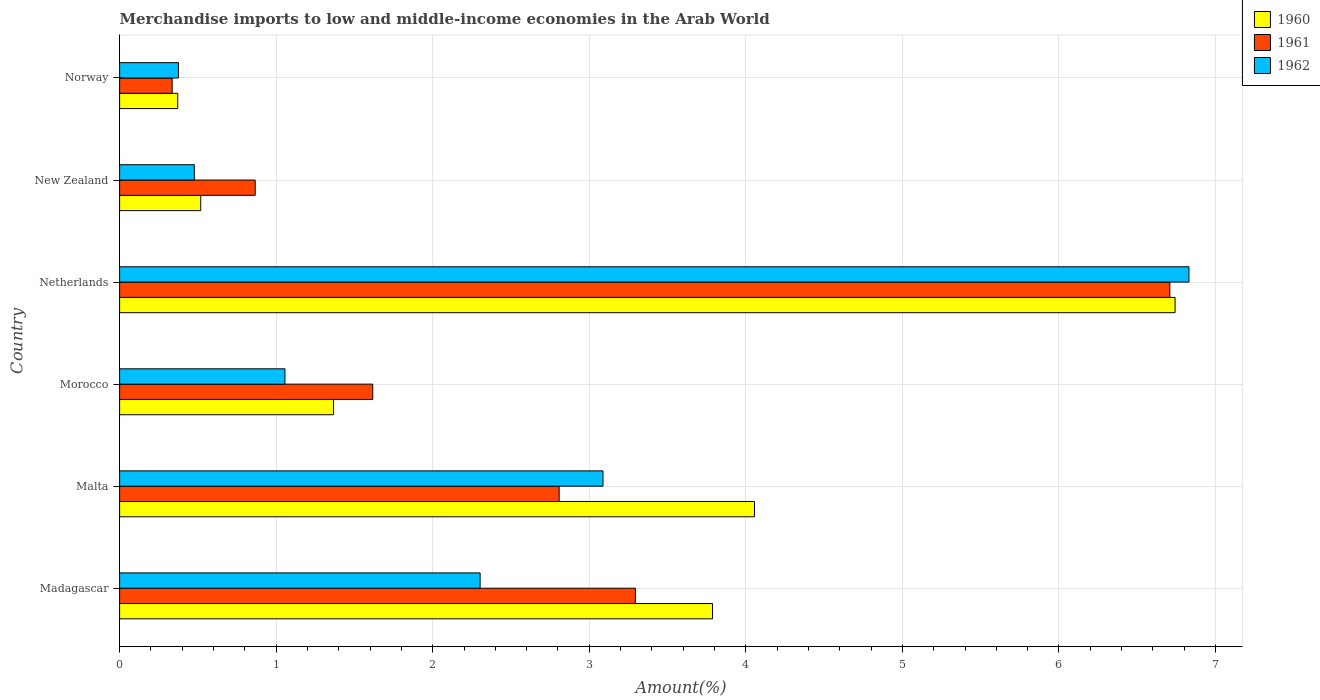
| Country | 1960 | 1961 | 1962 |
 | --- | --- | --- | --- |
 | Madagascar | 3.79 | 3.29 | 2.3 |
 | Malta | 4.06 | 2.81 | 3.09 |
 | Morocco | 1.37 | 1.62 | 1.06 |
 | Netherlands | 6.74 | 6.71 | 6.83 |
 | New Zealand | 0.518 | 0.866 | 0.478 |
 | Norway | 0.371 | 0.336 | 0.376 |